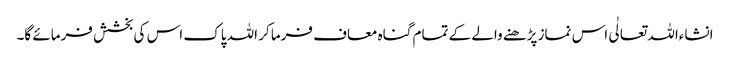
انشاءاللہ تعالٰی اس نماز پڑھنے والے کے تمام گناہ معاف فرما کر اللہ پاک اس کی بخشش فرمائے گا۔